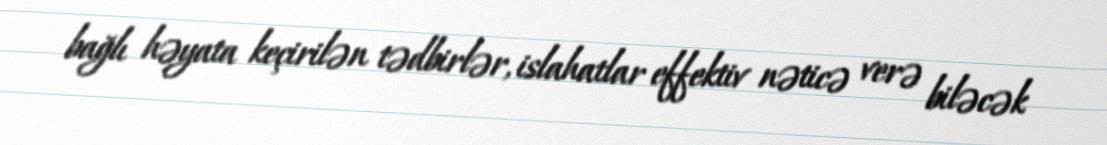
bağlı həyata keçirilən tədbirlər, islahatlar effektiv nəticə verə biləcək